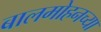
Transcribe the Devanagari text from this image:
बालमोहनच्या